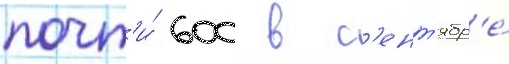
почт'и́ 600 в с'ент'ябр'е́